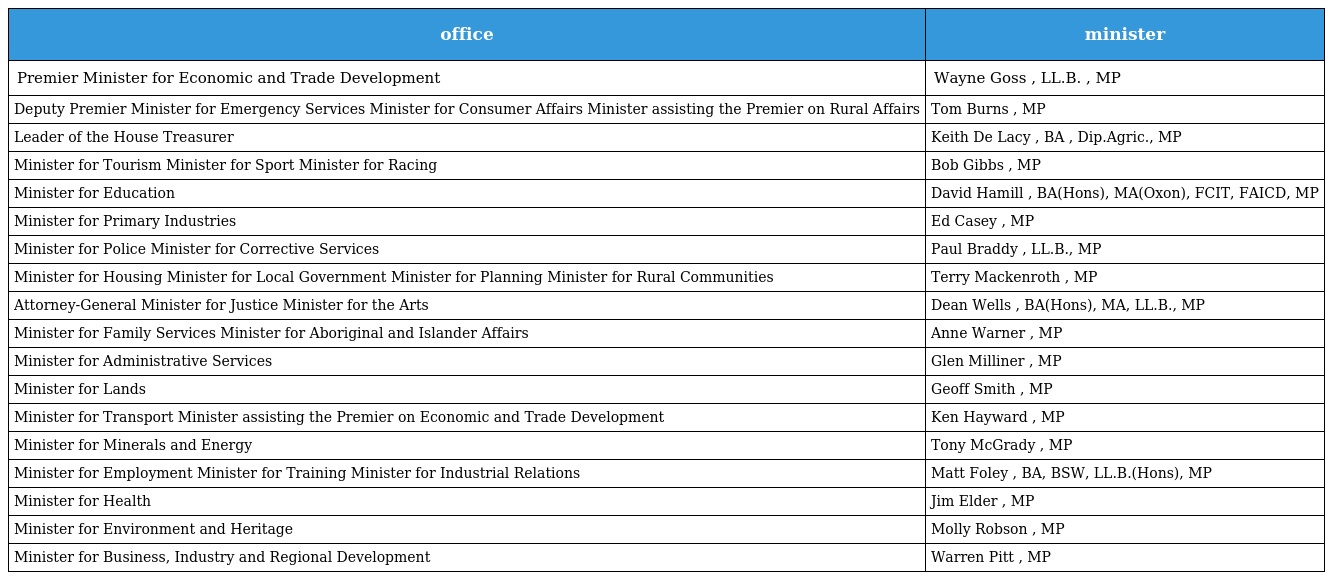
| office | minister |
 | --- | --- |
 | Premier Minister for Economic and Trade Development | Wayne Goss , LL.B. , MP |
 | Deputy Premier Minister for Emergency Services Minister for Consumer Affairs Minister assisting the Premier on Rural Affairs | Tom Burns , MP |
 | Leader of the House Treasurer | Keith De Lacy , BA , Dip.Agric., MP |
 | Minister for Tourism Minister for Sport Minister for Racing | Bob Gibbs , MP |
 | Minister for Education | David Hamill , BA(Hons), MA(Oxon), FCIT, FAICD, MP |
 | Minister for Primary Industries | Ed Casey , MP |
 | Minister for Police Minister for Corrective Services | Paul Braddy , LL.B., MP |
 | Minister for Housing Minister for Local Government Minister for Planning Minister for Rural Communities | Terry Mackenroth , MP |
 | Attorney-General Minister for Justice Minister for the Arts | Dean Wells , BA(Hons), MA, LL.B., MP |
 | Minister for Family Services Minister for Aboriginal and Islander Affairs | Anne Warner , MP |
 | Minister for Administrative Services | Glen Milliner , MP |
 | Minister for Lands | Geoff Smith , MP |
 | Minister for Transport Minister assisting the Premier on Economic and Trade Development | Ken Hayward , MP |
 | Minister for Minerals and Energy | Tony McGrady , MP |
 | Minister for Employment Minister for Training Minister for Industrial Relations | Matt Foley , BA, BSW, LL.B.(Hons), MP |
 | Minister for Health | Jim Elder , MP |
 | Minister for Environment and Heritage | Molly Robson , MP |
 | Minister for Business, Industry and Regional Development | Warren Pitt , MP |